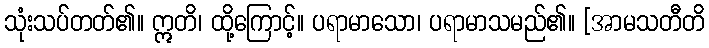
သုံးသပ်တတ်၏။ ဣတိ၊ ထို့ကြောင့်။ ပရာမာသော၊ ပရာမာသမည်၏။ [အာမသတီတိ